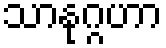
သာနုဂ္ဂဟာ